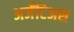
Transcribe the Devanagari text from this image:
अर्जेंटिअस